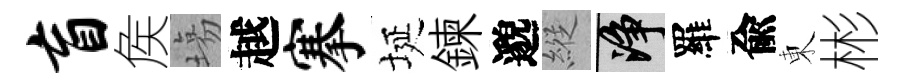
盲矦塲越搴埏鍊邈縱净羅兪東彬